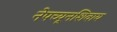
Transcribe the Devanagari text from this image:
नेपच्यूनशिवाय